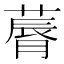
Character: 䔚